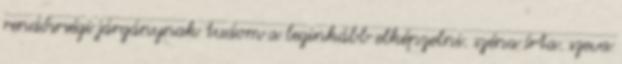
rendősrségi járgánynak tudom a leginkább elképzelni. széna írta. szeva